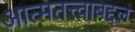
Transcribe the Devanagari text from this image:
आत्मतत्त्वाबद्दल